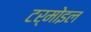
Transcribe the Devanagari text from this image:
टर्मोइल